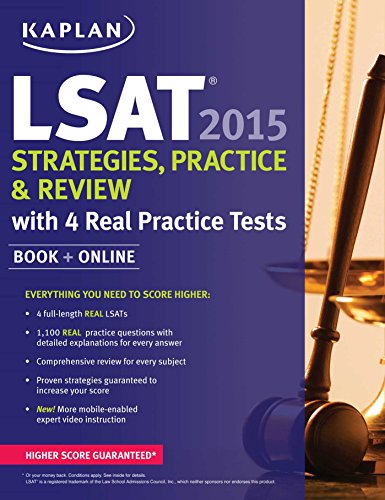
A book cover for Kaplan LSAT 2015 Strategies, Practice, and Review with 4 Real Practice Tests: Book + Online (Kaplan Test Prep); Kaplan; Test Preparation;